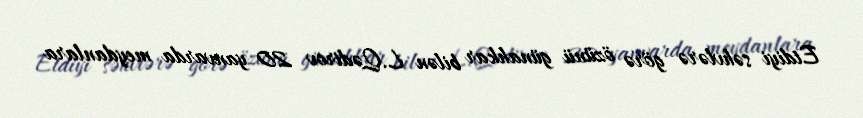
Etdiyi səhvlərə görə özünü günahkar bilən L.Qədirov 20 yanvarda meydanlara